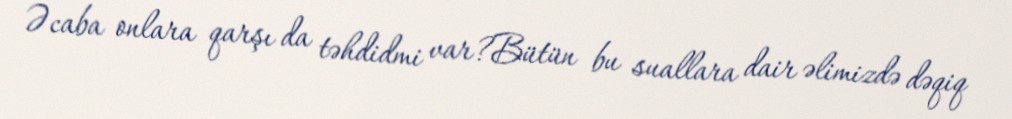
Əcaba onlara qarşı da təhdidmi var?Bütün bu suallara dair əlimizdə dəqiq